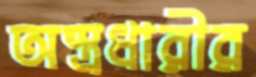
অস্ত্রধারীর